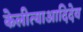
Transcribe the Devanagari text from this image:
केलीत्याआदिदेव